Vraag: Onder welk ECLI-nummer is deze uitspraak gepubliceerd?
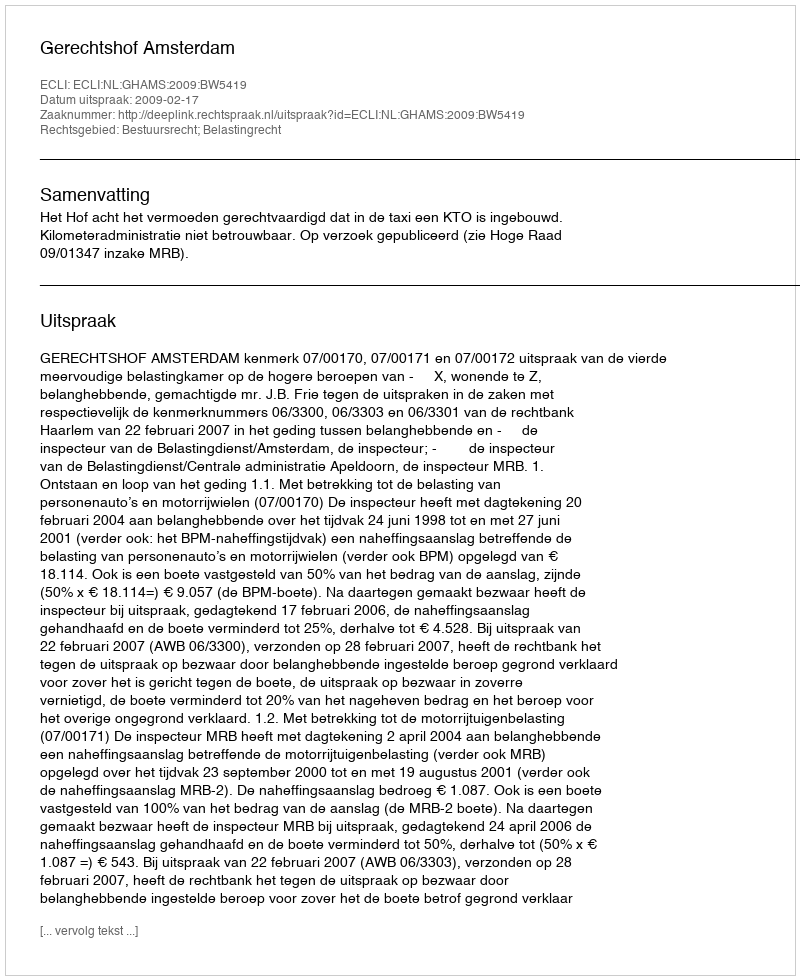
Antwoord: ECLI:NL:GHAMS:2009:BW5419